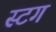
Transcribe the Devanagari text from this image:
स्टग